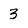
Character: 3